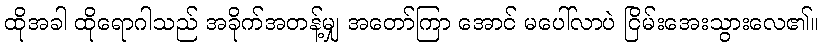
ထိုအခါ ထိုရောဂါသည် အခိုက်အတန့်မျှ အတော်ကြာ အောင် မပေါ်လာပဲ ငြိမ်းအေးသွားလေ၏။